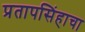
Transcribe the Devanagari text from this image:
प्रतापसिंहाचा